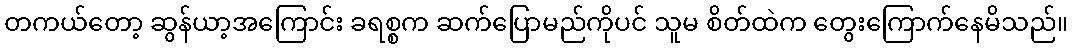
တကယ်တော့ ဆွန်ယာ့အကြောင်း ခရစ္စက ဆက်ပြောမည်ကိုပင် သူမ စိတ်ထဲက တွေးကြောက်နေမိသည်။